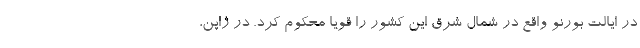
در ایالت بورنو واقع در شمال شرق این کشور را قویا محکوم کرد. در ژاپن،